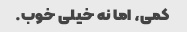
کمی، اما نه خیلی خوب.